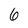
Character: 6